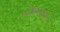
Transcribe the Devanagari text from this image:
अधिक्रमणाची